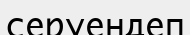
серуендеп